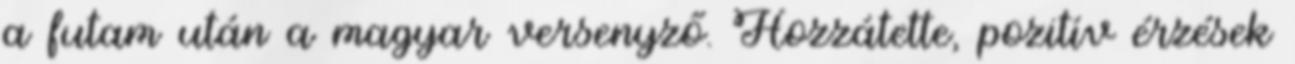
a futam után a magyar versenyző. Hozzátette, pozitív érzések